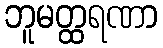
ဘူမတ္ထရဏာ